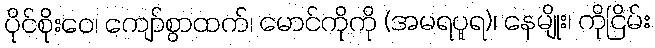
ပိုင်စိုးဝေ၊ ကျော်စွာထက်၊ မောင်ကိုကို (အမရပူရ)၊ နေမျိုး၊ ကိုငြိမ်း